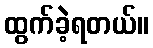
ထွက်ခဲ့ရတယ်။